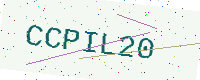
Text: CCPIL20